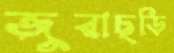
জুরাছড়ি